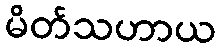
မိတ်သဟာယ